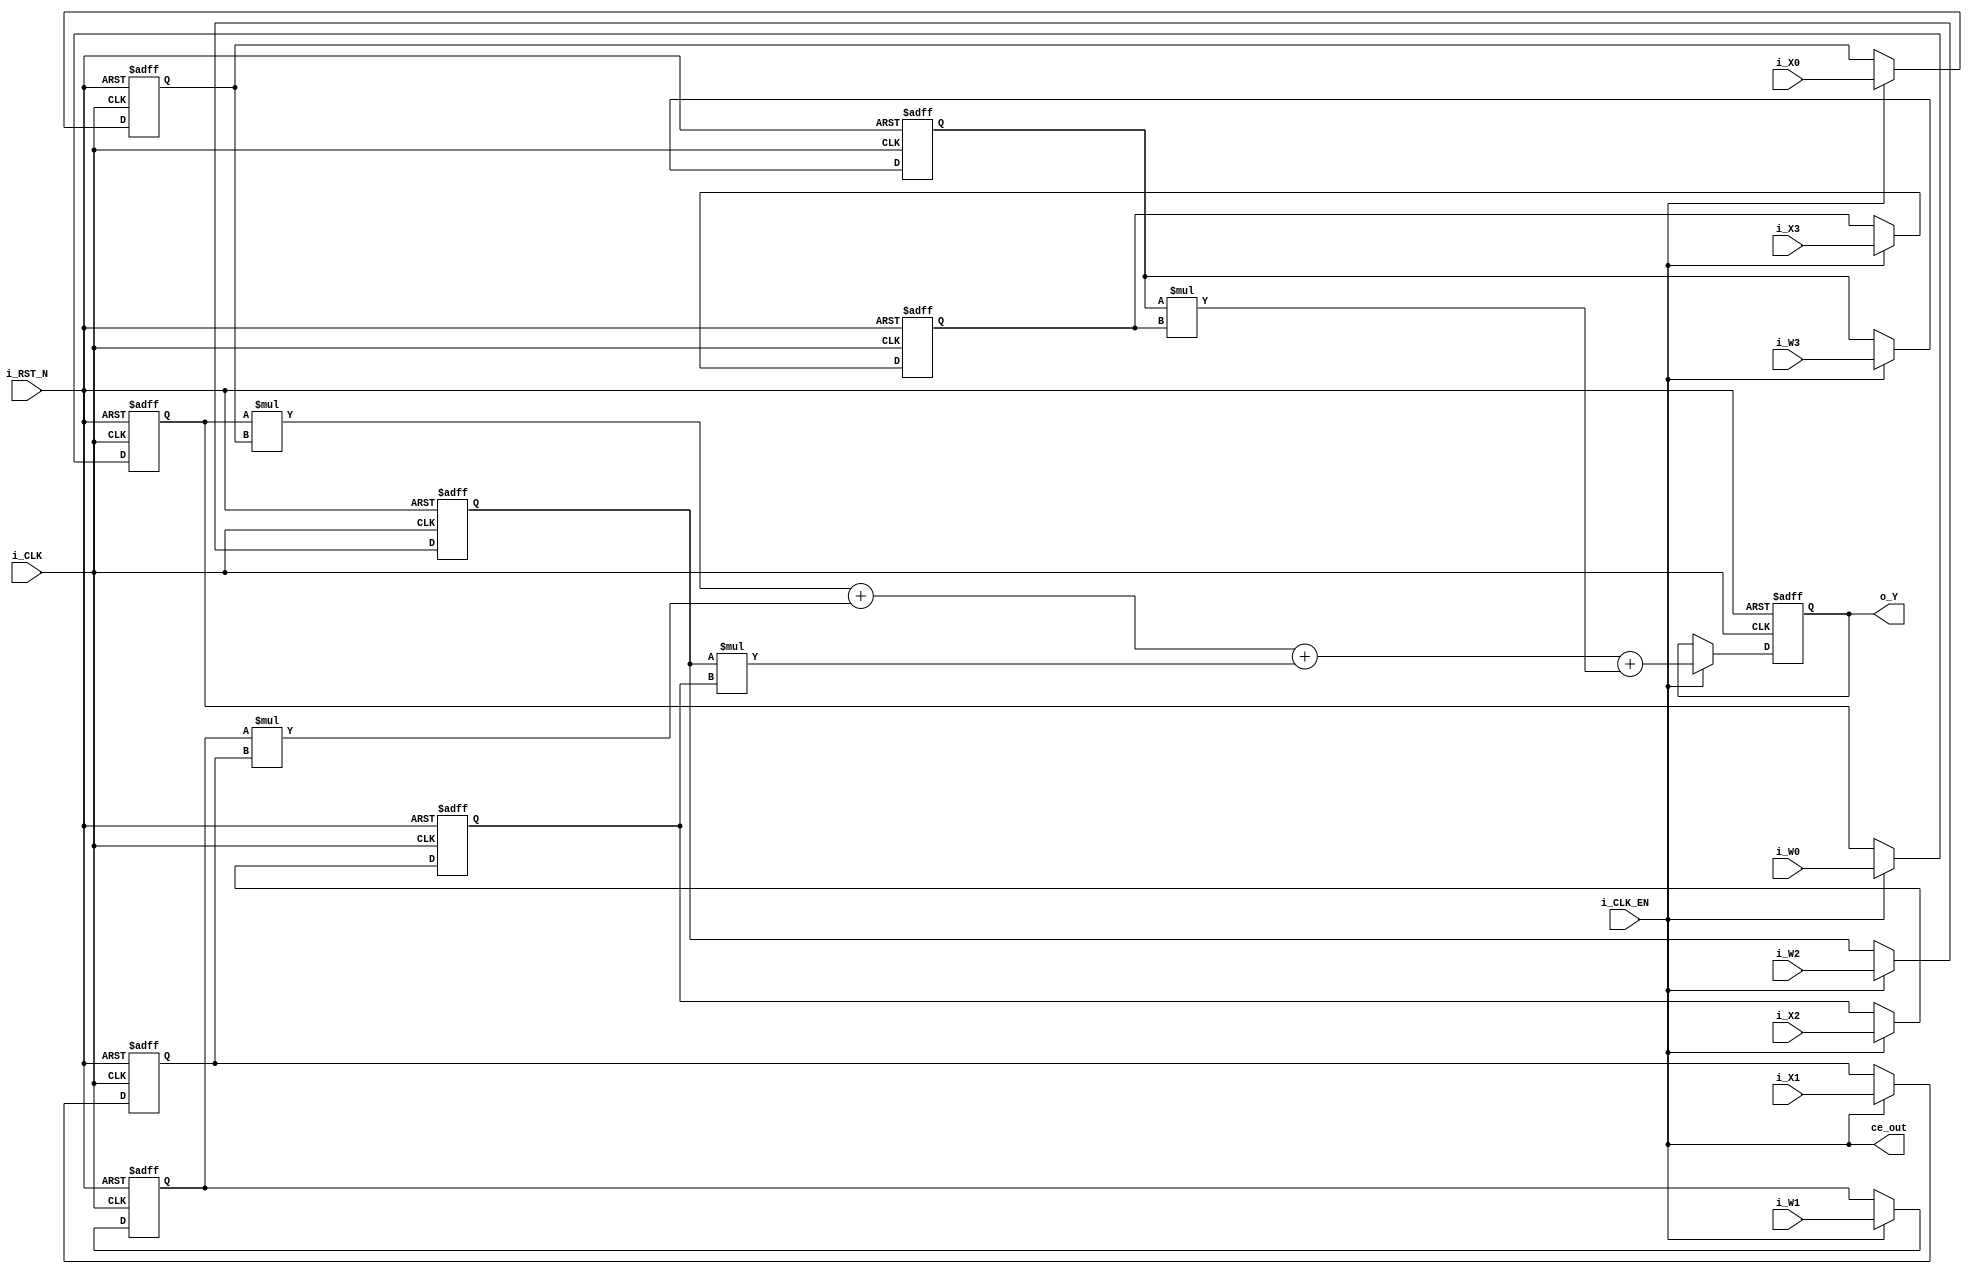
// -------------------------------------------------------------
// 
// 
// Generated by MATLAB 9.12 and HDL Coder 3.20
// 
// 
// -- -------------------------------------------------------------
// -- Rate and Clocking Details
// -- -------------------------------------------------------------
// Model base rate: 1
// Target subsystem base rate: 1
// 
// 
// Clock Enable  Sample Time
// -- -------------------------------------------------------------
// ce_out        1
// -- -------------------------------------------------------------
// 
// 
// Output Signal                 Clock Enable  Sample Time
// -- -------------------------------------------------------------
// o_Y                           ce_out        1
// -- -------------------------------------------------------------
// 
// -------------------------------------------------------------


// -------------------------------------------------------------
// 
// Module: PROCESSING_UNIT
// Source Path: lab1/PROCESSING_UNIT
// Hierarchy Level: 0
// 
// -------------------------------------------------------------

`timescale 1 ns / 1 ns

module PROCESSING_UNIT
          (i_CLK,
           i_RST_N,
           i_CLK_EN,
           i_W0,
           i_W1,
           i_W2,
           i_W3,
           i_X0,
           i_X1,
           i_X2,
           i_X3,
           ce_out,
           o_Y);


  input   i_CLK;
  input   i_RST_N;
  input   i_CLK_EN;
  input   signed [7:0] i_W0;  // int8
  input   signed [7:0] i_W1;  // int8
  input   signed [7:0] i_W2;  // int8
  input   signed [7:0] i_W3;  // int8
  input   signed [7:0] i_X0;  // int8
  input   signed [7:0] i_X1;  // int8
  input   signed [7:0] i_X2;  // int8
  input   signed [7:0] i_X3;  // int8
  output  ce_out;
  output  signed [15:0] o_Y;  // int16


  wire enb;
  reg signed [7:0] Unit_Delay_out1;  // int8
  reg signed [7:0] Unit_Delay2_out1;  // int8
  reg signed [7:0] Unit_Delay4_out1;  // int8
  reg signed [7:0] Unit_Delay6_out1;  // int8
  reg signed [7:0] Unit_Delay1_out1;  // int8
  wire signed [15:0] Product_out1;  // int16
  reg signed [7:0] Unit_Delay3_out1;  // int8
  wire signed [15:0] Product1_out1;  // int16
  wire signed [15:0] Add_stage2_add_temp;  // sfix16
  wire signed [16:0] Add_op_stage1;  // sfix17
  reg signed [7:0] Unit_Delay5_out1;  // int8
  wire signed [15:0] Product2_out1;  // int16
  wire signed [15:0] Add_stage3_add_cast;  // sfix16
  wire signed [15:0] Add_stage3_add_temp;  // sfix16
  wire signed [17:0] Add_op_stage2;  // sfix18
  reg signed [7:0] Unit_Delay7_out1;  // int8
  wire signed [15:0] Product3_out1;  // int16
  wire signed [15:0] Add_stage4_add_cast;  // sfix16
  wire signed [15:0] Add_out1;  // int16
  reg signed [15:0] Unit_Delay8_out1;  // int16


  assign enb = i_CLK_EN;

  always @(posedge i_CLK or negedge i_RST_N)
    begin : Unit_Delay_process
      if (i_RST_N == 1'b0) begin
        Unit_Delay_out1 <= 8'sb00000000;
      end
      else begin
        if (enb) begin
          Unit_Delay_out1 <= i_W0;
        end
      end
    end



  always @(posedge i_CLK or negedge i_RST_N)
    begin : Unit_Delay2_process
      if (i_RST_N == 1'b0) begin
        Unit_Delay2_out1 <= 8'sb00000000;
      end
      else begin
        if (enb) begin
          Unit_Delay2_out1 <= i_W1;
        end
      end
    end



  always @(posedge i_CLK or negedge i_RST_N)
    begin : Unit_Delay4_process
      if (i_RST_N == 1'b0) begin
        Unit_Delay4_out1 <= 8'sb00000000;
      end
      else begin
        if (enb) begin
          Unit_Delay4_out1 <= i_W2;
        end
      end
    end



  always @(posedge i_CLK or negedge i_RST_N)
    begin : Unit_Delay6_process
      if (i_RST_N == 1'b0) begin
        Unit_Delay6_out1 <= 8'sb00000000;
      end
      else begin
        if (enb) begin
          Unit_Delay6_out1 <= i_W3;
        end
      end
    end



  always @(posedge i_CLK or negedge i_RST_N)
    begin : Unit_Delay1_process
      if (i_RST_N == 1'b0) begin
        Unit_Delay1_out1 <= 8'sb00000000;
      end
      else begin
        if (enb) begin
          Unit_Delay1_out1 <= i_X0;
        end
      end
    end



  assign Product_out1 = Unit_Delay_out1 * Unit_Delay1_out1;



  always @(posedge i_CLK or negedge i_RST_N)
    begin : Unit_Delay3_process
      if (i_RST_N == 1'b0) begin
        Unit_Delay3_out1 <= 8'sb00000000;
      end
      else begin
        if (enb) begin
          Unit_Delay3_out1 <= i_X1;
        end
      end
    end



  assign Product1_out1 = Unit_Delay2_out1 * Unit_Delay3_out1;



  assign Add_stage2_add_temp = Product_out1 + Product1_out1;
  assign Add_op_stage1 = {Add_stage2_add_temp[15], Add_stage2_add_temp};



  always @(posedge i_CLK or negedge i_RST_N)
    begin : Unit_Delay5_process
      if (i_RST_N == 1'b0) begin
        Unit_Delay5_out1 <= 8'sb00000000;
      end
      else begin
        if (enb) begin
          Unit_Delay5_out1 <= i_X2;
        end
      end
    end



  assign Product2_out1 = Unit_Delay4_out1 * Unit_Delay5_out1;



  assign Add_stage3_add_cast = Add_op_stage1[15:0];
  assign Add_stage3_add_temp = Add_stage3_add_cast + Product2_out1;
  assign Add_op_stage2 = {{2{Add_stage3_add_temp[15]}}, Add_stage3_add_temp};



  always @(posedge i_CLK or negedge i_RST_N)
    begin : Unit_Delay7_process
      if (i_RST_N == 1'b0) begin
        Unit_Delay7_out1 <= 8'sb00000000;
      end
      else begin
        if (enb) begin
          Unit_Delay7_out1 <= i_X3;
        end
      end
    end



  assign Product3_out1 = Unit_Delay6_out1 * Unit_Delay7_out1;



  assign Add_stage4_add_cast = Add_op_stage2[15:0];
  assign Add_out1 = Add_stage4_add_cast + Product3_out1;



  always @(posedge i_CLK or negedge i_RST_N)
    begin : Unit_Delay8_process
      if (i_RST_N == 1'b0) begin
        Unit_Delay8_out1 <= 16'sb0000000000000000;
      end
      else begin
        if (enb) begin
          Unit_Delay8_out1 <= Add_out1;
        end
      end
    end



  assign o_Y = Unit_Delay8_out1;

  assign ce_out = i_CLK_EN;

endmodule  // PROCESSING_UNIT